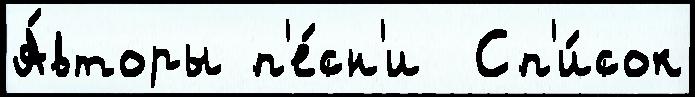
А́вторы п'е́сн'и  Сп'и́сок